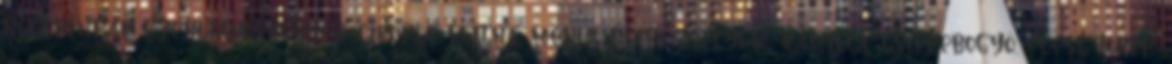
receptúrát: szentjánoskenyér, cikória, málna, menta, petrezselyem, kamilla, csipkebogyó, édesgyökér,